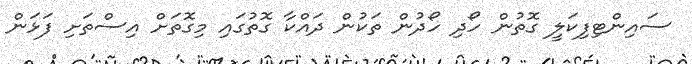
ސައިންޓިފިކަލީ ގޮތުން ހޯދި ހޯދުން ތަކުން ދައްކާ ގޮތުގައި މިގޮތަށް އިސްތަށި ފަޅަން